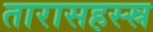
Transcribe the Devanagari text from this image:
तारासहस्स्र